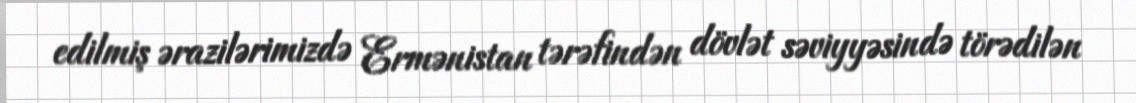
edilmiş ərazilərimizdə Ermənistan tərəfindən dövlət səviyyəsində törədilən